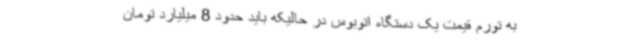
به تورم قیمت یک دستگاه اتوبوس در حالیکه باید حدود 8 میلیارد تومان